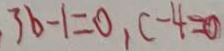
3 b - 1 = 0 , c - 4 = 0